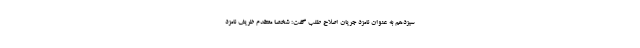
سیزدهم به عنوان نامزد جریان اصلاح طلب گفت: شخصا معتقدم ظریف نامزد